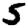
Digit: 5